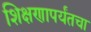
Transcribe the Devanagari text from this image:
शिक्षणापर्यंतचा